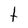
Character: T